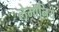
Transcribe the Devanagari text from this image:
लेमॉनिये